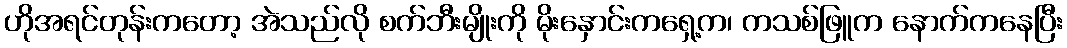
ဟိုအရင်တုန်းကတော့ အဲသည်လို စက်ဘီးမျိုးကို မိုးနှောင်းကရှေ့က၊ ကသစ်ဖြူက နောက်ကနေပြီး